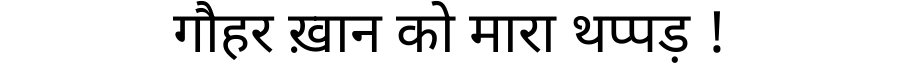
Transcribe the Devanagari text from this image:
गौहर ख़ान को मारा थप्पड़ !